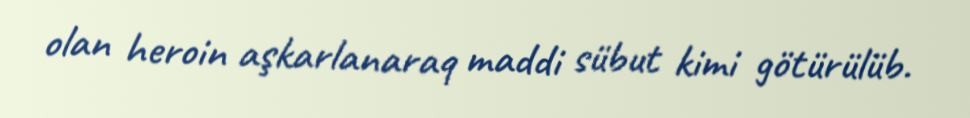
olan heroin aşkarlanaraq maddi sübut kimi götürülüb.